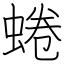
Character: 蜷